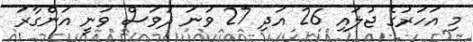
މި އަހަރުގެ ޖުލައި 26 އަދި 27 ވަނަ ދުވަސް ވަނީ އަންގާރަ